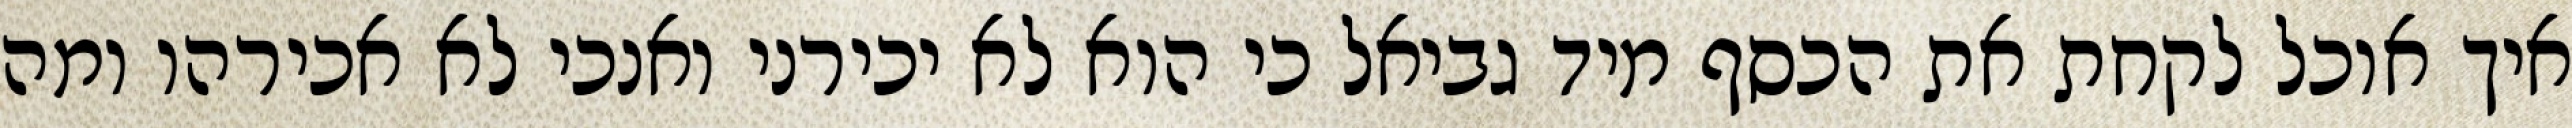
איך אוכל לקחת את הכסף מיד גביאל כי הוא לא יכירני ואנכי לא אכירהו ומה